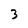
Character: 3